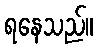
ရနေသည်။